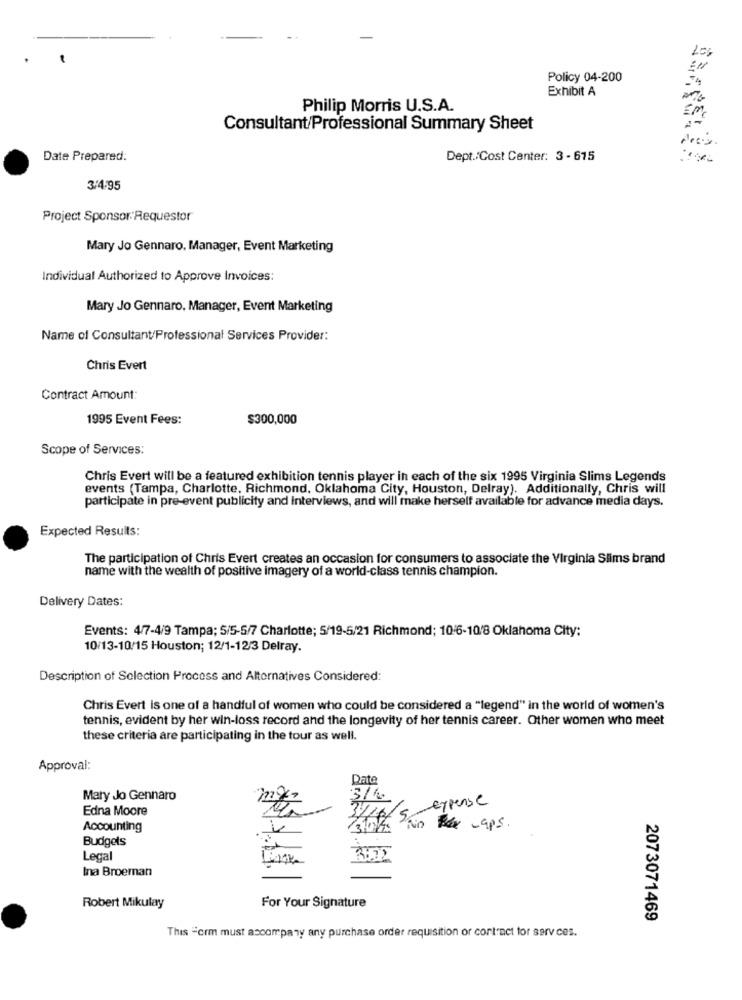
Los
Policy 04-200
Exhibit A
Philip Morris U.S.A.
Consultant/Professional Summary Sheet
Date Prepared:
Dept./Cost Center: 3 - 615
3/4,95
Project Sponsor:Requestor
Mary Jo Gennaro, Manager, Event Marketing
Individual Authorized to Approve Invoices:
Mary Jo Gennaro, Manager, Event Marketing
Name of Consultant/Professional Services Provider:
Chris Evert
Contract Amount:
1995 Event Fees:
$300,000
Scope of Services:
Chris Evert will be a featured exhibition tennis player in each of the six 1995 Virginia Slims Legends
events (Tampa, Charlotte, Richmond, Oklahoma City, Houston, Delray). Additionally, Chris will
participate in pre-event publicity and interviews, and will make herself available for advance media days.
Expected Results:
The participation of Chris Evert creates an occasion for consumers to associate the Virginia Slims brand
name with the wealth of positive imagery of a world-class tennis champion.
Delivery Dates:
Events: 4/7-4/9 Tampa; 5/5-5/7 Charlotte; 5/19-5/21 Richmond; 10/6-10/8 Oklahoma City:
10/13-10/15 Houston; 12/1-12/3 Delray.
Description of Selection Process and Alternatives Considered:
Chris Evert is one of a handful of women who could be considered a "legend" in the world of women's
tennis, evident by her win-loss record and the longevity of her tennis career. Other women who meet
these criteria are participating in the tour as well.
Approval:
Date
Mary Jo Gennaro
expense
Edna Moore
Accounting
4/ Skin Plex -aps.
Budgets
Legal
3:02
Ina Broeman
Robert Mikulay
For Your Signature
2073071469
This "crm must accompany any purchase order requisition or cortrnet for services.